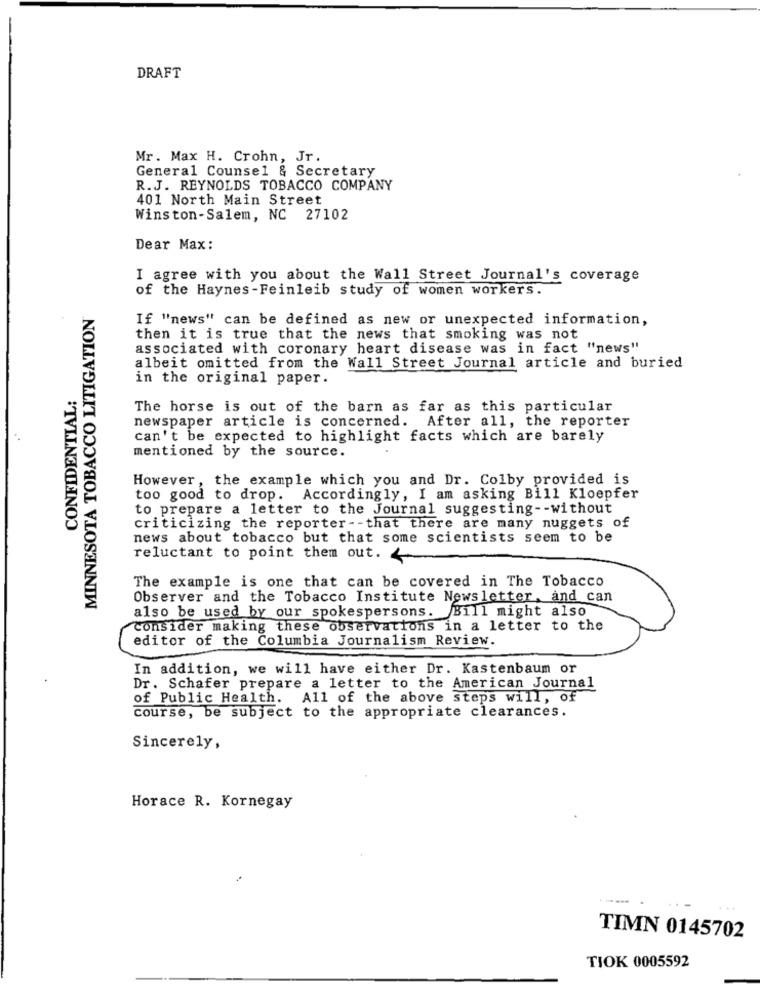
DRAFT
Mr. Max H. Crohn, Jr.
General Counsel & Secretary
R.J. REYNOLDS TOBACCO COMPANY
401 North Main Street
Winston-Salem, NC 27102
Dear Max:
I agree with you about the Wall Street Journal's coverage
of the Haynes -Feinleib study of women workers.
MINNESOTA TOBACCO LITIGATION
If "'news" can be defined as new or unexpected information,
then it is true that the news that smoking was not
associated with coronary heart disease was in fact "news"
albeit omitted from the Wall Street Journal article and buried
in the original paper.
CONFIDENTIAL:
The horse is out of the barn as far as this particular
newspaper article is concerned. After all, the reporter
can't be expected to highlight facts which are barely
mentioned by the source.
However, the example which you and Dr. Colby provided is
too good to drop. Accordingly, I am asking Bill Kloepfer
to prepare a letter to the Journal suggesting -- without
criticizing the reporter -- that there are many nuggets of
news about tobacco but that some scientists seem to be
reluctant to point them out. &
The example is one that can be covered in The Tobacco
Observer and the Tobacco Institute Newsletter, and can
also be used by our spokespersons. Bill might also
consider making these observations in a letter to the
editor of the Columbia Journalism Review.
In addition, we will have either Dr. Kastenbaum or
Dr. Schafer prepare a letter to the American Journal
of Public Health. All of the above steps will, of
course, be subject to the appropriate clearances.
Sincerely,
Horace R. Kornegay
TIMN 0145702
TIOK 0005592